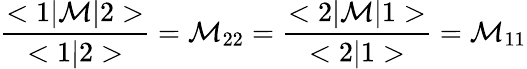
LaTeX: \frac{<1|{\cal M}|2>}{<1|2>}={\cal M}_{22}=\frac{<2|{\cal M}|1>}{<2|1>}={\cal M}_{11}